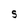
Character: S